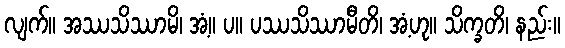
လျက်။ အဿသိဿာမိ၊ အံ့။ ပ။ ပဿသိဿာမီတိ၊ အံ့ဟု။ သိက္ခတိ၊ နည်း။